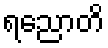
ရညောတိ